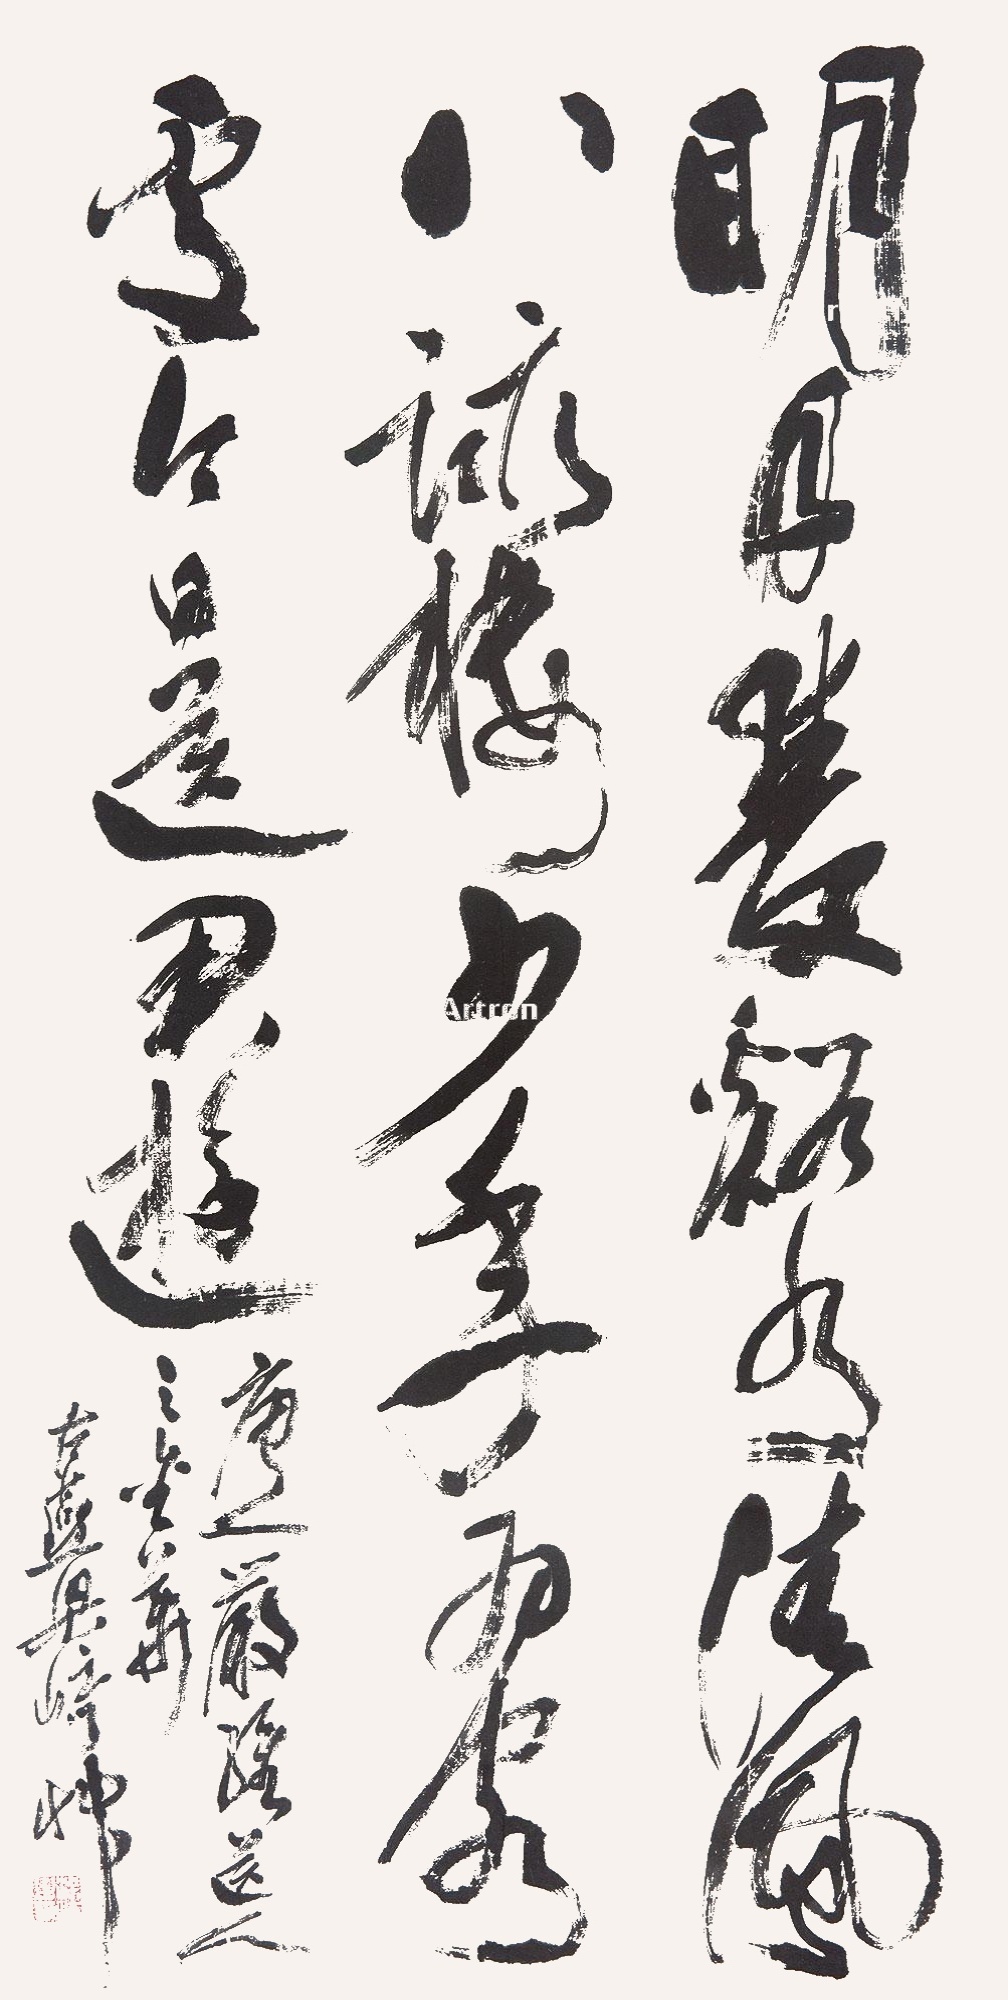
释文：明月双溪水，清风八咏楼。少年为客处，今日送君游。唐人严维宋人之金华古燕梁崎草。